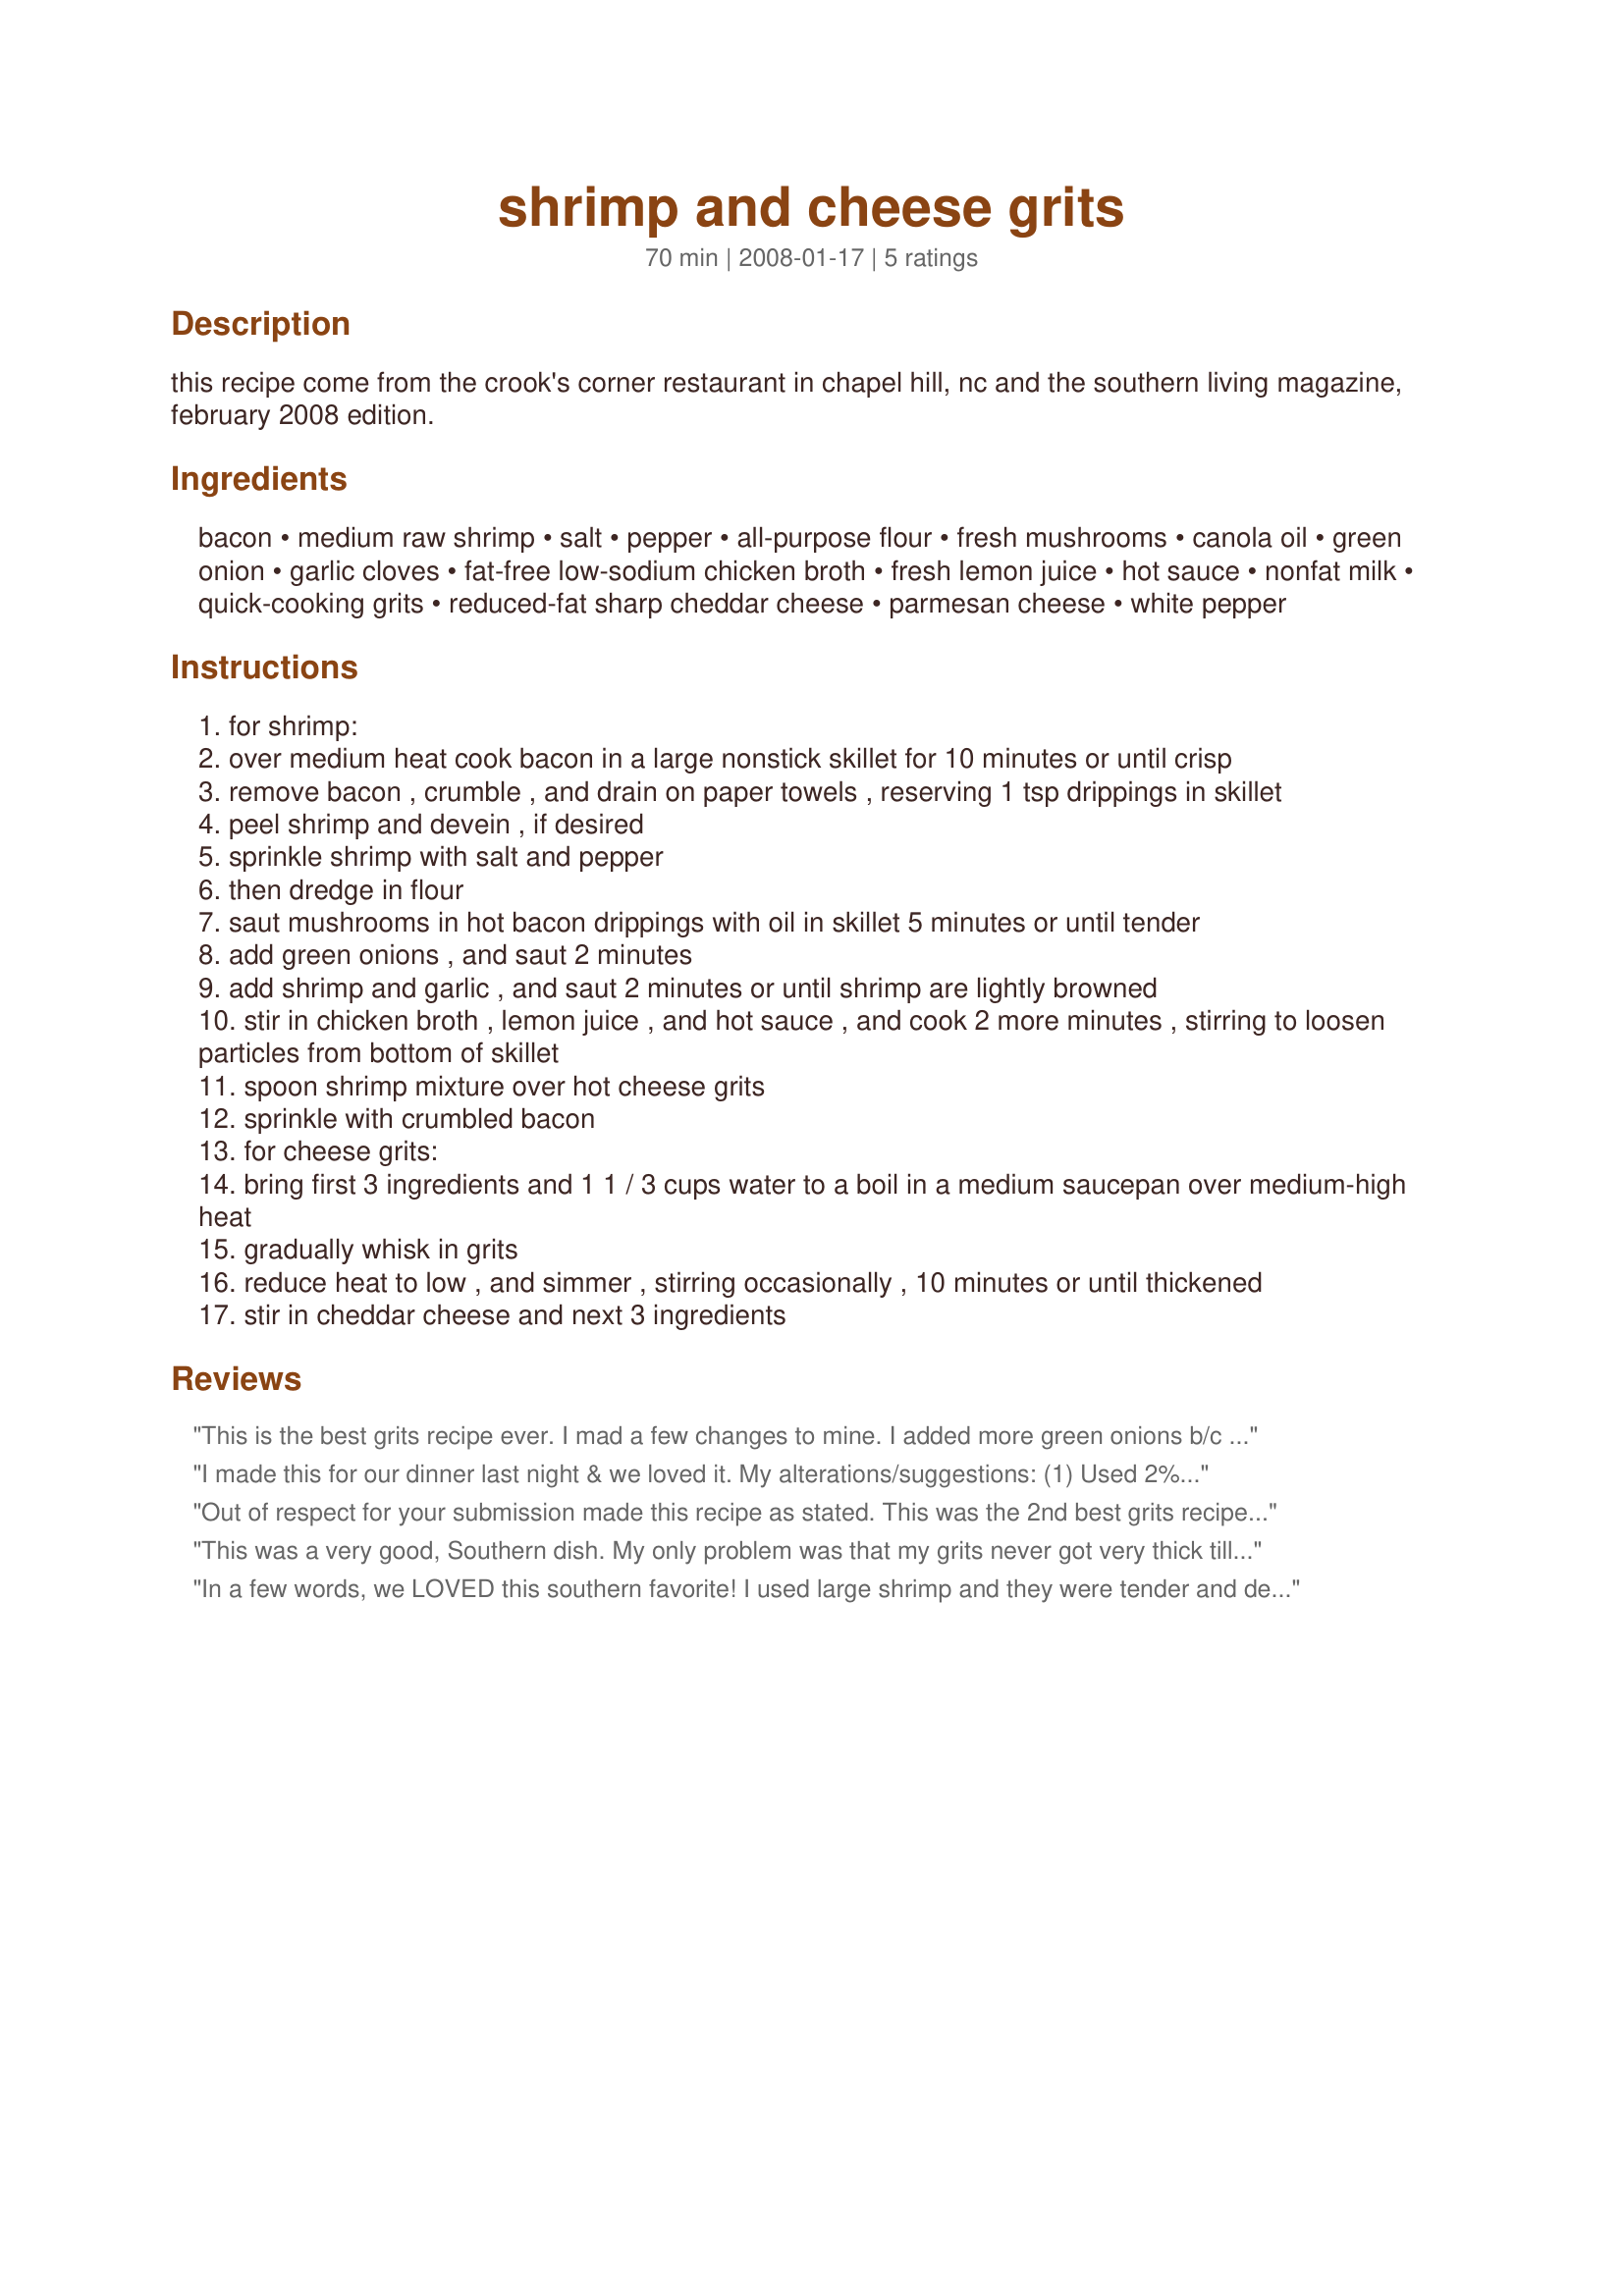
shrimp and cheese grits
Preparation time: 70 minutes

this recipe come from the crook's corner restaurant in chapel hill, nc and the southern living magazine, february 2008 edition.

Ingredients:
bacon, medium raw shrimp, salt, pepper, all-purpose flour, fresh mushrooms, canola oil, green onion, garlic cloves, fat-free low-sodium chicken broth, fresh lemon juice, hot sauce, nonfat milk, quick-cooking grits, reduced-fat sharp cheddar cheese, parmesan cheese, white pepper

Steps:
for shrimp:
over medium heat cook bacon in a large nonstick skillet for 10 minutes or until crisp
remove bacon , crumble , and drain on paper towels , reserving 1 tsp drippings in skillet
peel shrimp and devein , if desired
sprinkle shrimp with salt and pepper
then dredge in flour
saut mushrooms in hot bacon drippings with oil in skillet 5 minutes or until tender
add green onions , and saut 2 minutes
add shrimp and garlic , and saut 2 minutes or until shrimp are lightly browned
stir in chicken broth , lemon juice , and hot sauce , and cook 2 more minutes , stirring to loosen particles from bottom of skillet
spoon shrimp mixture over hot cheese grits
sprinkle with crumbled bacon
for cheese grits:
bring first 3 ingredients and 1 1 / 3 cups water to a boil in a medium saucepan over medium-high heat
gradually whisk in grits
reduce heat to low , and simmer , stirring occasionally , 10 minutes or until thickened
stir in cheddar cheese and next 3 ingredients

Reviews:
This is the best grits recipe ever. I mad a few changes to mine.

I added more green onions b/c I chop mine really fine and used 1/2 cup of that. I left out the mushrooms(other family hates them). I used chicken broth cubes and made one cup of chicken broth. I also add chicken cube to the water for grits. Extra sharp cheddar cheese and Asiago. Then I added about 2 extra cups of milk to grits and cooked and stirred for about 35-45 minutes. I don&#039;t like gritty grits. Also used whole milk.
I made this for our dinner last night & we loved it. My alterations/suggestions: (1) Used 2% milk since that was what I had on hand, (2) Reduced the amount of extra water added to the grits in step 11 to 3/4 cups. You can always add more water--you can't take it back out :-), (3) I realized while cooking that by the time the ingredients you add in step 8 thicken...the shrimp were going to be horribly overcooked (hello rubber bouncing balls). I pulled the shrimp out when they were just to the slightly-underdone point, turned the heat up on the burner & reduced the sauce to a thicker consistency for a couple of minutes. Then poured it over the shrimp in the bowl (hot sauce = keeps cooking delicate seafood). (4) Another Suggestion-- cut the amount of ingredients for the cheesegrits in half if you are just cooking for a couple of people. The cheese-grit flavor is great, but it makes a TON. I will be getting creative with leftover cheesegrits tonight for dinner :-P...
Out of respect for your submission made this recipe as stated. This was the 2nd best grits recipe I have experienced! If you ever obtain Hyman's Grit Cake with garlic alfredo sauce.....be sure to post (Charleston SC). This was a treat! Used quick grits and they turned out just right. Thanks for posting....come on folks just try the recipe as it is written....you won't be sorry.
This was a very good, Southern dish. My only problem was that my grits never got very thick till they were cool. The shrimp had alot of flavor and made a nice sauce to go over the grits. Next time, I think I would omit about 1/2 of the water asked for in step one of the grits. But overall a great recipe.
In a few words, we LOVED this southern favorite! I used large shrimp and they were tender and delicious. The grits were excellent and I had no problem with them. I felt they were the right consistency for the dish. Grits aren't supposed to be super thick anyway. This will be repeated when company is joining us, so I can impress them with my cooking talents :) Loved this one!
